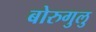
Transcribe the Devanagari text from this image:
बोरुगुलु